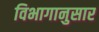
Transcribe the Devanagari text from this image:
विभागानुसार